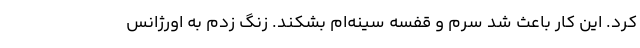
کرد. این کار باعث شد سرم و قفسه سینه‌ام بشکند. زنگ زدم به اورژانس